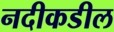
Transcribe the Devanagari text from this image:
नदीकडील